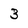
Character: 3